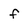
Character: f